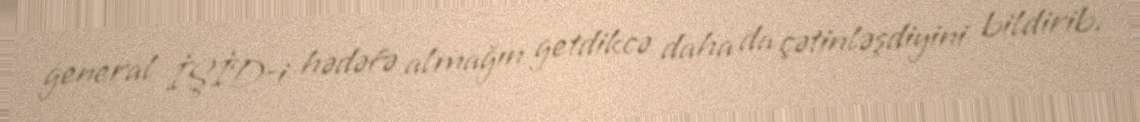
general İŞİD-i hədəfə almağın getdikcə daha da çətinləşdiyini bildirib.